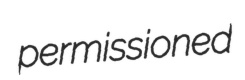
permissioned